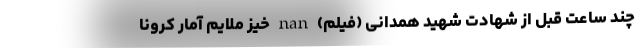
چند ساعت قبل از شهادت شهید همدانی (فیلم) nan خیز ملایم آمار کرونا